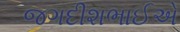
જગદીશભાઈએ